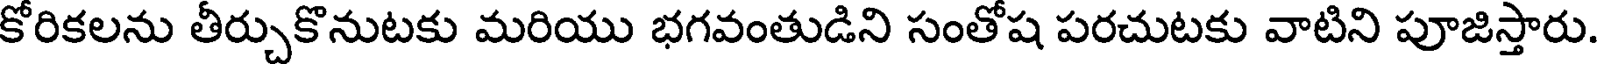
కోరికలను తీర్చుకొనుటకు మరియు భగవంతుడిని సంతోష పరచుటకు వాటిని పూజిస్తారు.